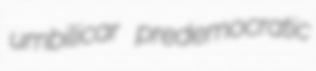
umbilicar predemocratic